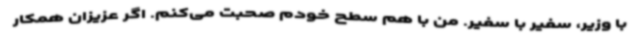
با وزیر، سفیر با سفیر. من با هم سطح خودم صحبت می‌کنم. اگر عزیزان همکار